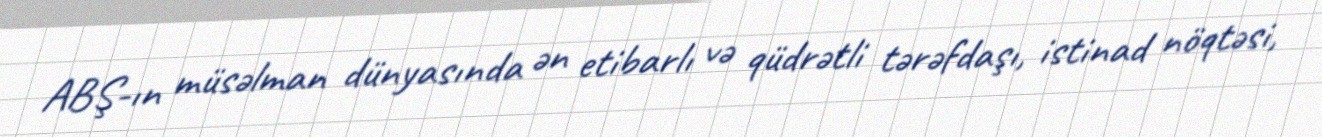
ABŞ-ın müsəlman dünyasında ən etibarlı və qüdrətli tərəfdaşı, istinad nöqtəsi,